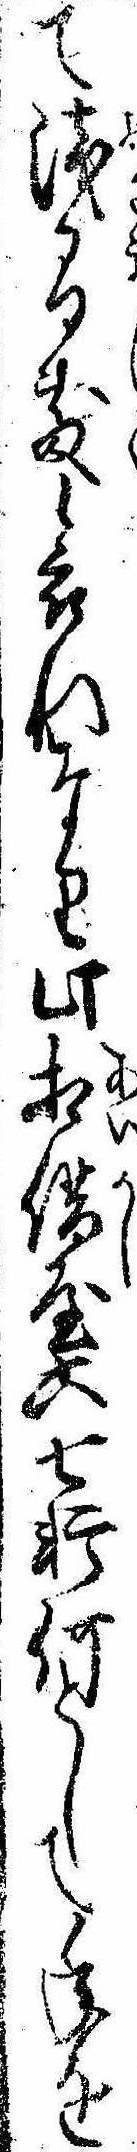
て浅間敷哀れなり此相借屋六七軒何として年を